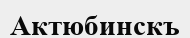
Актюбинскъ